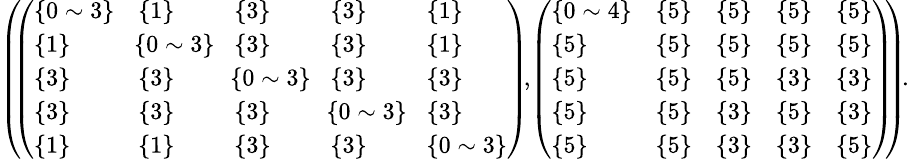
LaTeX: \begin{array}{r}{\small{\left(\! \! \left(\begin{array}{lllll}{\{ 0\sim 3\} }&{\{ 1\} }&{\{ 3\} }&{\{ 3\} }&{\{ 1\} }\\ {\{ 1\} }&{\! \{ 0\sim 3\} \! }&{\{ 3\} }&{\{ 3\} }&{\{ 1\} }\\ {\{ 3\} }&{\{ 3\} }&{\! \{ 0\sim 3\} \! }&{\{ 3\} }&{\{ 3\} }\\ {\{ 3\} }&{\{ 3\} }&{\{ 3\} }&{\! \{ 0\sim 3\} \! }&{\{ 3\} }\\ {\{ 1\} }&{\{ 1\} }&{\{ 3\} }&{\{ 3\} }&{\{ 0\sim 3\} }\end{array}\right)\! ,\! \left(\begin{array}{lllll}{\{ 0\sim 4\} }&{\{ 5\} }&{\{ 5\} }&{\{ 5\} }&{\{ 5\} }\\ {\{ 5\} }&{\{ 5\} }&{\{ 5\} }&{\{ 5\} }&{\{ 5\} }\\ {\{ 5\} }&{\{ 5\} }&{\{ 5\} }&{\{ 3\} }&{\{ 3\} }\\ {\{ 5\} }&{\{ 5\} }&{\{ 3\} }&{\{ 5\} }&{\{ 3\} }\\ {\{ 5\} }&{\{ 5\} }&{\{ 3\} }&{\{ 3\} }&{\{ 5\} }\end{array}\right)\! \! \right)\! .}}\end{array}